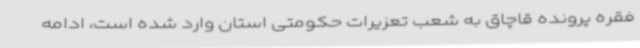
فقره پرونده قاچاق به شعب تعزیرات حکومتی استان وارد شده است، ادامه